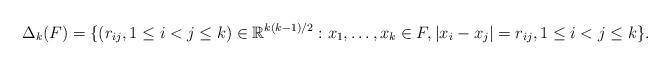
LaTeX: \begin{align*}\Delta_k(F)=\{(r_{ij},1\leq i<j\leq k)\in\mathbb{R}^{k(k-1)/2}: x_1,\dots,x_k\in F, |x_i-x_j|=r_{ij}, 1\leq i<j\leq k \}.\end{align*}